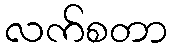
လက်စတာ